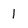
Character: 1